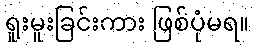
ရူးမူးခြင်းကား ဖြစ်ပုံမရ။